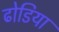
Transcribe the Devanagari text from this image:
ढोडिया